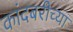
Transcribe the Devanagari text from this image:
कांदबरीच्या